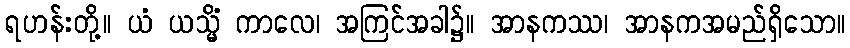
ရဟန်းတို့။ ယံ ယသ္မိံ ကာလေ၊ အကြင်အခါ၌။ အာနကဿ၊ အာနကအမည်ရှိသော။